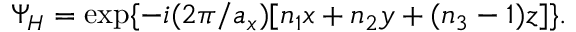
\Psi _ { H } = \exp \{ - i ( 2 \pi / a _ { x } ) [ n _ { 1 } x + n _ { 2 } y + ( n _ { 3 } - 1 ) z ] \} .